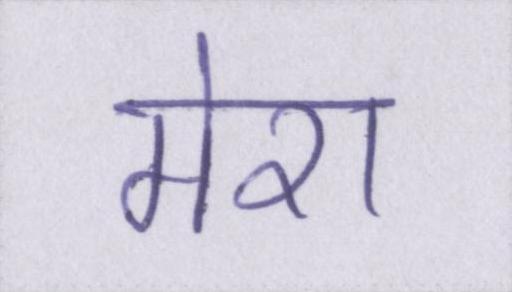
मेरा